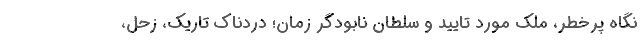
نگاه پرخطر، ملك موردِ تاييد و سلطانِ نابودگر زمان؛ دردناك تاريك، زحل،